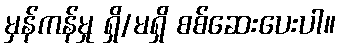
မှန်ကန်မှု ရှိ/မရှိ စစ်ဆေးပေးပါ။